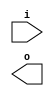
module buffer( i , o );
  input i ;
  output o ;
endmodule
module inverter( i , o );
  input i ;
  output o ;
endmodule
module top( x0 , x1 , x2 , x3 , x4 , x5 , x6 , x7 , x8 , x9 , x10 , x11 , x12 , x13 , x14 , x15 , x16 , x17 , x18 , x19 , x20 , x21 , x22 , x23 , x24 , x25 , x26 , x27 , x28 , x29 , x30 , x31 , x32 , x33 , x34 , x35 , y0 , y1 , y2 , y3 , y4 , y5 , y6 );
  input x0 , x1 , x2 , x3 , x4 , x5 , x6 , x7 , x8 , x9 , x10 , x11 , x12 , x13 , x14 , x15 , x16 , x17 , x18 , x19 , x20 , x21 , x22 , x23 , x24 , x25 , x26 , x27 , x28 , x29 , x30 , x31 , x32 , x33 , x34 , x35 ;
  output y0 , y1 , y2 , y3 , y4 , y5 , y6 ;
  wire n2 , n4 , n5 , n6 , n7 , n8 , n10 , n11 , n12 , n13 , n14 , n15 , n16 , n18 , n20 , n21 , n22 , n23 , n24 , n25 , n26 , n27 , n28 , n29 , n30 , n31 , n33 , n34 , n35 , n36 , n37 , n38 , n40 , n41 , n42 , n43 , n44 , n45 , n46 , n47 , n49 , n51 , n52 , n53 , n54 , n55 , n56 , n57 , n58 , n59 , n60 , n61 , n62 , n63 , n64 , n66 , n67 , n68 , n69 , n70 , n71 , n73 , n74 , n75 , n76 , n77 , n78 , n79 , n80 , n82 , n84 , n85 , n86 , n87 , n88 , n89 , n90 , n91 , n92 , n93 , n94 , n95 , n96 , n97 , n99 , n100 , n101 , n102 , n103 , n104 , n106 , n107 , n108 , n109 , n110 , n111 , n112 , n113 , n115 , n117 , n118 , n119 , n120 , n121 , n122 , n123 , n124 , n125 , n126 , n127 , n128 , n129 , n130 , n132 , n133 , n134 , n135 , n136 , n138 , n139 , n140 , n141 , n142 , n143 , n144 , n146 , n148 , n149 , n150 , n151 , n152 , n153 , n154 , n155 , n156 , n157 , n158 , n159 , n160 , n162 , n163 , n164 , n165 , n166 , n168 , n169 , n170 , n171 , n172 , n173 , n175 , n177 , n178 , n179 , n180 , n181 , n182 , n183 , n184 , n185 , n186 , n187 , n189 , n190 , n191 , n192 , n194 , n195 , n196 , n197 , n198 , n199 , n201 , n203 , n204 , n205 , n206 , n207 , n208 , n209 , n210 , n211 , n212 , n213 , n214 , n216 , n217 , n218 , n219 , n220 , n222 , n223 , n224 , n225 , n226 , n227 , n228 , n230 , n231 , n232 , n233 , n234 , n235 , n237 , n238 , n239 , n240 , n241 , n242 , n243 , n244 , n245 , n246 , n247 , n248 , n249 , n251 , n252 , n253 , n255 , n256 , n257 , n258 , n259 , n261 , n262 , n263 , n264 , n265 , n266 , n267 , n268 , n269 , n270 , n271 , n272 , n273 , n274 , n275 , n276 , n277 , n278 , n279 , n280 , n281 , n282 , n283 , n284 , n285 , n286 , n287 , n288 , n289 , n290 , n291 , n292 , n293 , n294 , n295 , n296 , n297 , n298 , n299 , n300 , n301 , n302 , n303 , n304 , n305 , n306 , n307 , n308 , n309 , n310 , n311 , n312 , n313 , n314 , n315 , n316 , n317 , n318 , n319 , n320 , n321 , n322 , n323 , n324 , n325 , n326 , n327 , n328 , n329 , n330 , n331 , n332 , n333 , n334 , n335 , n336 , n337 , n338 , n339 , n340 , n341 , n342 , n343 , n344 , n345 , n346 , n347 , n348 , n349 , n350 , n351 , n352 , n353 , n354 , n355 , n356 , n357 , n358 , n359 , n360 , n361 , n362 , n363 , n364 , n365 , n366 , n367 , n368 , n369 , n370 , n371 , n372 , n373 , n374 , n375 , n376 , n377 , n378 , n379 , n380 , n381 , n382 , n383 , n384 , n385 , n386 , n387 , n388 , n389 , n390 , n391 , n392 , n393 , n394 , n395 , n396 , n397 , n398 , n399 , n400 , n401 , n402 , n403 , n404 , n405 , n406 , n407 , n408 , n409 , n410 , n411 , n412 , n413 , n414 , n415 , n416 , n417 , n418 , n419 , n420 , n421 , n422 , n423 , n424 , n425 , n426 , n427 , n428 , n429 , n430 , n431 , n432 , n433 , n434 , n435 , n436 , n437 , n438 , n439 , n440 , n441 , n442 , n443 , n444 , n445 , n446 , n447 , n448 , n449 , n450 , n451 , n452 , n453 , n454 , n455 , n456 , n457 , n458 , n459 , n460 , n461 , n462 , n463 , n464 , n465 , n466 , n467 , n468 , n469 , n470 , n471 , n472 , n473 , n474 , n475 , n476 , n477 , n478 , n479 , n480 , n481 , n482 , n483 , n484 , n485 , n486 , n487 , n488 , n489 , n490 , n491 , n492 , n493 , n494 , n495 , n496 , n497 , n498 , n499 , n500 , n501 , n502 , n503 , n504 , n505 , n506 , n507 , n508 , n509 , n510 , n511 , n512 , n513 , n514 , n515 , n516 , n517 , n518 , n519 , n520 , n521 , n522 , n523 , n524 , n525 , n526 , n527 , n528 , n529 , n530 , n531 , n532 , n533 , n534 , n535 , n536 , n537 , n538 , n539 , n540 , n541 , n542 , n543 , n544 , n545 , n546 , n547 , n548 , n549 , n550 , n551 , n552 , n553 , n554 , n555 , n556 , n557 , n558 , n559 , n560 , n561 , n562 , n563 , n564 , n565 , n566 , n567 , n568 , n569 , n570 , n571 , n572 , n573 , n574 , n575 , n576 , n577 , n578 , n579 , n580 , n581 , n582 , n583 , n584 , n585 , n586 , n587 , n588 , n589 , n590 , n591 , n592 , n593 , n594 , n595 , n596 , n597 , n598 , n599 , n600 , n601 , n602 , n603 , n604 , n605 , n606 , n607 , n608 , n609 , n610 , n611 , n612 , n613 , n614 , n615 , n616 , n617 , n618 , n619 , n620 , n621 , n622 , n623 , n624 , n625 , n626 , n627 , n628 , n629 , n630 , n631 , n632 , n633 , n634 , n635 , n636 , n637 , n638 , n639 , n640 , n641 , n642 , n643 , n644 , n645 , n646 , n647 , n648 , n649 , n650 , n651 , n652 , n653 , n654 , n655 , n656 , n657 , n658 , n659 , n660 , n661 , n662 , n663 , n664 , n665 , n666 , n667 , n668 , n669 , n670 , n671 , n672 , n673 , n674 , n675 , n676 , n677 , n678 , n679 , n680 , n681 , n682 , n683 , n684 , n685 , n686 , n687 , n688 , n689 , n690 , n691 , n692 , n693 , n694 , n695 , n696 , n697 , n698 , n699 , n700 , n701 , n702 , n703 , n704 , n705 , n706 , n707 , n708 , n709 , n710 , n711 , n712 , n713 , n714 , n715 , n716 , n717 , n718 , n719 , n720 , n721 , n722 , n723 , n724 , n725 , n726 , n727 , n728 , n729 , n730 , n731 , n732 , n733 , n734 , n735 , n736 , n737 , n738 , n739 , n740 , n741 , n742 , n743 , n744 , n745 , n746 , n747 , n748 , n749 , n750 , n751 , n752 , n753 , n754 , n755 , n756 , n757 , n758 , n759 , n760 , n761 , n762 , n763 , n764 , n765 , n766 , n767 , n768 , n769 , n770 , n771 , n772 , n773 , n774 , n775 , n776 , n777 , n778 , n779 , n780 , n781 , n782 , n783 , n784 , n785 , n786 , n787 , n788 , n789 , n790 , n791 , n792 , n793 , n794 , n795 , n796 , n797 , n798 , n799 , n800 , n801 , n802 , n803 , n804 , n805 , n806 , n807 , n808 , n809 , n810 , n811 , n812 , n813 , n814 , n815 , n816 , n817 , n818 , n819 , n820 , n821 , n822 , n823 , n824 , n825 , n826 , n827 , n828 , n829 , n830 , n831 , n832 , n833 , n834 , n835 , n836 , n837 , n838 , n839 ;
  buffer buf_n2( .i (x0), .o (n2) );
  buffer buf_n4( .i (x1), .o (n4) );
  assign n264 = ~n2 & n4 ;
  buffer buf_n265( .i (n264), .o (n265) );
  buffer buf_n82( .i (x11), .o (n82) );
  buffer buf_n99( .i (x13), .o (n99) );
  assign n272 = ~n82 & n99 ;
  buffer buf_n273( .i (n272), .o (n273) );
  assign n280 = n265 | n273 ;
  buffer buf_n18( .i (x3), .o (n18) );
  buffer buf_n33( .i (x5), .o (n33) );
  assign n281 = ~n18 & n33 ;
  buffer buf_n282( .i (n281), .o (n282) );
  buffer buf_n146( .i (x19), .o (n146) );
  buffer buf_n162( .i (x21), .o (n162) );
  assign n290 = ~n146 & n162 ;
  buffer buf_n291( .i (n290), .o (n291) );
  assign n300 = n282 | n291 ;
  assign n301 = n280 | n300 ;
  buffer buf_n49( .i (x7), .o (n49) );
  buffer buf_n66( .i (x9), .o (n66) );
  assign n302 = ~n49 & n66 ;
  buffer buf_n303( .i (n302), .o (n303) );
  buffer buf_n201( .i (x27), .o (n201) );
  buffer buf_n216( .i (x29), .o (n216) );
  assign n311 = ~n201 & n216 ;
  buffer buf_n312( .i (n311), .o (n312) );
  assign n320 = n303 | n312 ;
  buffer buf_n115( .i (x15), .o (n115) );
  buffer buf_n132( .i (x17), .o (n132) );
  assign n321 = ~n115 & n132 ;
  buffer buf_n322( .i (n321), .o (n322) );
  buffer buf_n175( .i (x23), .o (n175) );
  buffer buf_n189( .i (x25), .o (n189) );
  assign n330 = ~n175 & n189 ;
  buffer buf_n331( .i (n330), .o (n331) );
  assign n336 = n322 | n331 ;
  assign n337 = n320 | n336 ;
  assign n338 = n301 | n337 ;
  buffer buf_n339( .i (n338), .o (n339) );
  buffer buf_n230( .i (x31), .o (n230) );
  buffer buf_n231( .i (n230), .o (n231) );
  buffer buf_n251( .i (x33), .o (n251) );
  buffer buf_n252( .i (n251), .o (n252) );
  assign n345 = ~n231 & n252 ;
  buffer buf_n346( .i (n345), .o (n346) );
  buffer buf_n347( .i (n346), .o (n347) );
  buffer buf_n348( .i (n347), .o (n348) );
  buffer buf_n349( .i (n348), .o (n349) );
  assign n350 = n339 | n349 ;
  buffer buf_n351( .i (n350), .o (n351) );
  buffer buf_n352( .i (n351), .o (n352) );
  buffer buf_n353( .i (n352), .o (n353) );
  buffer buf_n354( .i (n353), .o (n354) );
  buffer buf_n355( .i (n354), .o (n355) );
  buffer buf_n356( .i (n355), .o (n356) );
  buffer buf_n357( .i (n356), .o (n357) );
  buffer buf_n358( .i (n357), .o (n358) );
  buffer buf_n359( .i (n358), .o (n359) );
  buffer buf_n360( .i (n359), .o (n360) );
  buffer buf_n361( .i (n360), .o (n361) );
  buffer buf_n362( .i (n361), .o (n362) );
  buffer buf_n363( .i (n362), .o (n363) );
  buffer buf_n364( .i (n363), .o (n364) );
  buffer buf_n365( .i (n364), .o (n365) );
  buffer buf_n366( .i (n365), .o (n366) );
  buffer buf_n367( .i (n366), .o (n367) );
  buffer buf_n368( .i (n367), .o (n368) );
  buffer buf_n369( .i (n368), .o (n369) );
  buffer buf_n340( .i (n339), .o (n340) );
  buffer buf_n168( .i (x22), .o (n168) );
  buffer buf_n169( .i (n168), .o (n169) );
  buffer buf_n170( .i (n169), .o (n170) );
  buffer buf_n171( .i (n170), .o (n171) );
  buffer buf_n172( .i (n171), .o (n172) );
  buffer buf_n173( .i (n172), .o (n173) );
  buffer buf_n163( .i (n162), .o (n163) );
  buffer buf_n164( .i (n163), .o (n164) );
  buffer buf_n165( .i (n164), .o (n165) );
  buffer buf_n292( .i (n291), .o (n292) );
  assign n370 = ( n165 & n292 ) | ( n165 & ~n346 ) | ( n292 & ~n346 ) ;
  buffer buf_n371( .i (n370), .o (n371) );
  assign n377 = ~n173 & n371 ;
  buffer buf_n378( .i (n377), .o (n378) );
  buffer buf_n293( .i (n292), .o (n293) );
  buffer buf_n294( .i (n293), .o (n294) );
  buffer buf_n166( .i (n165), .o (n166) );
  assign n379 = n166 & ~n172 ;
  assign n380 = n294 & n379 ;
  buffer buf_n381( .i (n380), .o (n381) );
  assign n382 = ( ~n340 & n378 ) | ( ~n340 & n381 ) | ( n378 & n381 ) ;
  buffer buf_n383( .i (n382), .o (n383) );
  buffer buf_n384( .i (n383), .o (n384) );
  buffer buf_n385( .i (n384), .o (n385) );
  buffer buf_n386( .i (n385), .o (n386) );
  buffer buf_n387( .i (n386), .o (n387) );
  buffer buf_n388( .i (n387), .o (n388) );
  buffer buf_n389( .i (n388), .o (n389) );
  buffer buf_n390( .i (n389), .o (n390) );
  buffer buf_n391( .i (n390), .o (n391) );
  buffer buf_n392( .i (n391), .o (n392) );
  buffer buf_n393( .i (n392), .o (n393) );
  buffer buf_n100( .i (n99), .o (n100) );
  buffer buf_n106( .i (x14), .o (n106) );
  buffer buf_n107( .i (n106), .o (n107) );
  assign n394 = n100 & ~n107 ;
  buffer buf_n395( .i (n394), .o (n395) );
  buffer buf_n5( .i (n4), .o (n5) );
  buffer buf_n10( .i (x2), .o (n10) );
  buffer buf_n11( .i (n10), .o (n11) );
  assign n396 = n5 & ~n11 ;
  buffer buf_n397( .i (n396), .o (n397) );
  assign n398 = n395 | n397 ;
  buffer buf_n34( .i (n33), .o (n34) );
  buffer buf_n40( .i (x6), .o (n40) );
  buffer buf_n41( .i (n40), .o (n41) );
  assign n399 = n34 & ~n41 ;
  buffer buf_n400( .i (n399), .o (n400) );
  buffer buf_n401( .i (n400), .o (n401) );
  assign n402 = n398 | n401 ;
  buffer buf_n67( .i (n66), .o (n67) );
  buffer buf_n73( .i (x10), .o (n73) );
  buffer buf_n74( .i (n73), .o (n74) );
  assign n403 = n67 & ~n74 ;
  buffer buf_n404( .i (n403), .o (n404) );
  buffer buf_n133( .i (n132), .o (n133) );
  buffer buf_n138( .i (x18), .o (n138) );
  buffer buf_n139( .i (n138), .o (n139) );
  assign n405 = n133 & ~n139 ;
  buffer buf_n406( .i (n405), .o (n406) );
  assign n407 = n404 | n406 ;
  buffer buf_n217( .i (n216), .o (n217) );
  buffer buf_n222( .i (x30), .o (n222) );
  buffer buf_n223( .i (n222), .o (n223) );
  assign n408 = n217 & ~n223 ;
  buffer buf_n409( .i (n408), .o (n409) );
  buffer buf_n253( .i (n252), .o (n253) );
  buffer buf_n255( .i (x34), .o (n255) );
  buffer buf_n256( .i (n255), .o (n256) );
  buffer buf_n257( .i (n256), .o (n257) );
  assign n410 = n253 & ~n257 ;
  assign n411 = n409 | n410 ;
  assign n412 = n407 | n411 ;
  assign n413 = n402 | n412 ;
  buffer buf_n414( .i (n413), .o (n414) );
  buffer buf_n415( .i (n414), .o (n415) );
  assign n416 = ~n351 & n415 ;
  buffer buf_n417( .i (n416), .o (n417) );
  buffer buf_n258( .i (n257), .o (n258) );
  assign n418 = ~n258 & n346 ;
  buffer buf_n419( .i (n418), .o (n419) );
  buffer buf_n323( .i (n322), .o (n323) );
  assign n420 = n323 & n406 ;
  buffer buf_n421( .i (n420), .o (n421) );
  assign n425 = n419 | n421 ;
  buffer buf_n313( .i (n312), .o (n313) );
  assign n426 = n313 & n409 ;
  buffer buf_n427( .i (n426), .o (n427) );
  buffer buf_n428( .i (n427), .o (n428) );
  assign n431 = n425 | n428 ;
  buffer buf_n274( .i (n273), .o (n274) );
  assign n432 = n274 & n395 ;
  buffer buf_n433( .i (n432), .o (n433) );
  buffer buf_n304( .i (n303), .o (n304) );
  assign n437 = n304 & n404 ;
  buffer buf_n438( .i (n437), .o (n438) );
  assign n443 = n433 | n438 ;
  buffer buf_n283( .i (n282), .o (n283) );
  assign n444 = n283 & n400 ;
  buffer buf_n445( .i (n444), .o (n445) );
  buffer buf_n266( .i (n265), .o (n266) );
  assign n450 = n266 & n397 ;
  buffer buf_n451( .i (n450), .o (n451) );
  assign n454 = n445 | n451 ;
  assign n455 = n443 | n454 ;
  assign n456 = n431 | n455 ;
  buffer buf_n457( .i (n456), .o (n457) );
  buffer buf_n194( .i (x26), .o (n194) );
  buffer buf_n195( .i (n194), .o (n195) );
  buffer buf_n196( .i (n195), .o (n196) );
  buffer buf_n197( .i (n196), .o (n197) );
  buffer buf_n198( .i (n197), .o (n198) );
  buffer buf_n199( .i (n198), .o (n199) );
  buffer buf_n190( .i (n189), .o (n190) );
  buffer buf_n191( .i (n190), .o (n191) );
  buffer buf_n192( .i (n191), .o (n192) );
  buffer buf_n332( .i (n331), .o (n332) );
  assign n458 = ( n192 & n332 ) | ( n192 & ~n346 ) | ( n332 & ~n346 ) ;
  buffer buf_n459( .i (n458), .o (n459) );
  assign n461 = ~n199 & n459 ;
  buffer buf_n333( .i (n332), .o (n333) );
  assign n462 = n192 & ~n197 ;
  assign n463 = n333 & n462 ;
  buffer buf_n464( .i (n463), .o (n464) );
  assign n465 = ( ~n339 & n461 ) | ( ~n339 & n464 ) | ( n461 & n464 ) ;
  buffer buf_n466( .i (n465), .o (n466) );
  buffer buf_n467( .i (n466), .o (n467) );
  assign n469 = n457 | n467 ;
  assign n470 = n417 | n469 ;
  buffer buf_n471( .i (n470), .o (n471) );
  buffer buf_n472( .i (n471), .o (n472) );
  buffer buf_n473( .i (n472), .o (n473) );
  buffer buf_n474( .i (n473), .o (n474) );
  buffer buf_n475( .i (n474), .o (n475) );
  buffer buf_n476( .i (n475), .o (n476) );
  buffer buf_n477( .i (n476), .o (n477) );
  buffer buf_n478( .i (n477), .o (n478) );
  assign n479 = n393 | n478 ;
  buffer buf_n480( .i (n479), .o (n480) );
  buffer buf_n481( .i (n480), .o (n481) );
  buffer buf_n482( .i (n481), .o (n482) );
  buffer buf_n483( .i (n482), .o (n483) );
  buffer buf_n484( .i (n483), .o (n484) );
  buffer buf_n485( .i (n484), .o (n485) );
  buffer buf_n468( .i (n467), .o (n468) );
  buffer buf_n334( .i (n333), .o (n334) );
  buffer buf_n335( .i (n334), .o (n335) );
  buffer buf_n460( .i (n459), .o (n460) );
  assign n486 = ( n335 & ~n339 ) | ( n335 & n460 ) | ( ~n339 & n460 ) ;
  buffer buf_n487( .i (n486), .o (n487) );
  buffer buf_n488( .i (n487), .o (n488) );
  assign n489 = ( ~n457 & n467 ) | ( ~n457 & n488 ) | ( n467 & n488 ) ;
  assign n490 = ( ~n417 & n468 ) | ( ~n417 & n489 ) | ( n468 & n489 ) ;
  buffer buf_n491( .i (n490), .o (n491) );
  buffer buf_n203( .i (x28), .o (n203) );
  buffer buf_n204( .i (n203), .o (n204) );
  buffer buf_n205( .i (n204), .o (n205) );
  buffer buf_n206( .i (n205), .o (n206) );
  buffer buf_n207( .i (n206), .o (n207) );
  buffer buf_n208( .i (n207), .o (n208) );
  buffer buf_n209( .i (n208), .o (n209) );
  buffer buf_n210( .i (n209), .o (n210) );
  buffer buf_n211( .i (n210), .o (n211) );
  buffer buf_n212( .i (n211), .o (n212) );
  buffer buf_n213( .i (n212), .o (n213) );
  buffer buf_n214( .i (n213), .o (n214) );
  assign n497 = n384 & ~n468 ;
  assign n498 = n214 | n497 ;
  assign n499 = n491 & ~n498 ;
  buffer buf_n500( .i (n499), .o (n500) );
  buffer buf_n341( .i (n340), .o (n341) );
  buffer buf_n342( .i (n341), .o (n342) );
  buffer buf_n343( .i (n342), .o (n343) );
  buffer buf_n344( .i (n343), .o (n344) );
  buffer buf_n177( .i (x24), .o (n177) );
  buffer buf_n178( .i (n177), .o (n178) );
  buffer buf_n179( .i (n178), .o (n179) );
  buffer buf_n180( .i (n179), .o (n180) );
  buffer buf_n181( .i (n180), .o (n181) );
  buffer buf_n182( .i (n181), .o (n182) );
  buffer buf_n183( .i (n182), .o (n183) );
  buffer buf_n184( .i (n183), .o (n184) );
  buffer buf_n185( .i (n184), .o (n185) );
  buffer buf_n186( .i (n185), .o (n186) );
  buffer buf_n187( .i (n186), .o (n187) );
  buffer buf_n295( .i (n294), .o (n295) );
  buffer buf_n296( .i (n295), .o (n296) );
  buffer buf_n297( .i (n296), .o (n297) );
  buffer buf_n298( .i (n297), .o (n298) );
  buffer buf_n299( .i (n298), .o (n299) );
  assign n503 = ~n187 & n299 ;
  buffer buf_n372( .i (n371), .o (n372) );
  buffer buf_n373( .i (n372), .o (n373) );
  buffer buf_n374( .i (n373), .o (n374) );
  buffer buf_n375( .i (n374), .o (n375) );
  buffer buf_n376( .i (n375), .o (n376) );
  assign n504 = ~n187 & n376 ;
  assign n505 = ( ~n344 & n503 ) | ( ~n344 & n504 ) | ( n503 & n504 ) ;
  assign n506 = ~n184 & n381 ;
  assign n507 = ~n184 & n378 ;
  assign n508 = ( ~n341 & n506 ) | ( ~n341 & n507 ) | ( n506 & n507 ) ;
  buffer buf_n509( .i (n508), .o (n509) );
  buffer buf_n510( .i (n509), .o (n510) );
  buffer buf_n511( .i (n510), .o (n511) );
  assign n512 = ( ~n471 & n505 ) | ( ~n471 & n511 ) | ( n505 & n511 ) ;
  buffer buf_n513( .i (n512), .o (n513) );
  assign n515 = n500 | n513 ;
  buffer buf_n516( .i (n515), .o (n516) );
  buffer buf_n117( .i (x16), .o (n117) );
  buffer buf_n118( .i (n117), .o (n118) );
  buffer buf_n119( .i (n118), .o (n119) );
  buffer buf_n120( .i (n119), .o (n120) );
  buffer buf_n121( .i (n120), .o (n121) );
  buffer buf_n122( .i (n121), .o (n122) );
  buffer buf_n123( .i (n122), .o (n123) );
  buffer buf_n124( .i (n123), .o (n124) );
  buffer buf_n125( .i (n124), .o (n125) );
  buffer buf_n126( .i (n125), .o (n126) );
  buffer buf_n127( .i (n126), .o (n127) );
  buffer buf_n128( .i (n127), .o (n128) );
  buffer buf_n129( .i (n128), .o (n129) );
  buffer buf_n130( .i (n129), .o (n130) );
  buffer buf_n434( .i (n433), .o (n434) );
  buffer buf_n435( .i (n434), .o (n435) );
  buffer buf_n436( .i (n435), .o (n436) );
  buffer buf_n108( .i (n107), .o (n108) );
  buffer buf_n109( .i (n108), .o (n109) );
  buffer buf_n110( .i (n109), .o (n110) );
  buffer buf_n111( .i (n110), .o (n111) );
  buffer buf_n112( .i (n111), .o (n112) );
  buffer buf_n113( .i (n112), .o (n113) );
  buffer buf_n101( .i (n100), .o (n101) );
  buffer buf_n102( .i (n101), .o (n102) );
  buffer buf_n103( .i (n102), .o (n103) );
  buffer buf_n104( .i (n103), .o (n104) );
  buffer buf_n275( .i (n274), .o (n275) );
  buffer buf_n276( .i (n275), .o (n276) );
  assign n520 = ( n104 & n276 ) | ( n104 & ~n348 ) | ( n276 & ~n348 ) ;
  buffer buf_n521( .i (n520), .o (n521) );
  assign n523 = ~n113 & n521 ;
  assign n524 = ( ~n341 & n436 ) | ( ~n341 & n523 ) | ( n436 & n523 ) ;
  buffer buf_n525( .i (n524), .o (n525) );
  buffer buf_n526( .i (n525), .o (n526) );
  buffer buf_n527( .i (n526), .o (n527) );
  buffer buf_n528( .i (n527), .o (n528) );
  assign n529 = ~n130 & n528 ;
  buffer buf_n277( .i (n276), .o (n277) );
  buffer buf_n278( .i (n277), .o (n278) );
  buffer buf_n279( .i (n278), .o (n279) );
  buffer buf_n522( .i (n521), .o (n522) );
  assign n530 = ( n279 & ~n341 ) | ( n279 & n522 ) | ( ~n341 & n522 ) ;
  buffer buf_n531( .i (n530), .o (n531) );
  buffer buf_n532( .i (n531), .o (n532) );
  assign n533 = ( ~n385 & n526 ) | ( ~n385 & n532 ) | ( n526 & n532 ) ;
  buffer buf_n534( .i (n533), .o (n534) );
  assign n535 = ~n130 & n534 ;
  assign n536 = ( ~n473 & n529 ) | ( ~n473 & n535 ) | ( n529 & n535 ) ;
  buffer buf_n537( .i (n536), .o (n537) );
  assign n539 = n516 | n537 ;
  buffer buf_n84( .i (x12), .o (n84) );
  buffer buf_n85( .i (n84), .o (n85) );
  buffer buf_n86( .i (n85), .o (n86) );
  buffer buf_n87( .i (n86), .o (n87) );
  buffer buf_n88( .i (n87), .o (n88) );
  buffer buf_n89( .i (n88), .o (n89) );
  buffer buf_n90( .i (n89), .o (n90) );
  buffer buf_n91( .i (n90), .o (n91) );
  buffer buf_n92( .i (n91), .o (n92) );
  buffer buf_n93( .i (n92), .o (n93) );
  buffer buf_n94( .i (n93), .o (n94) );
  buffer buf_n95( .i (n94), .o (n95) );
  buffer buf_n96( .i (n95), .o (n96) );
  buffer buf_n97( .i (n96), .o (n97) );
  buffer buf_n439( .i (n438), .o (n439) );
  buffer buf_n440( .i (n439), .o (n440) );
  buffer buf_n441( .i (n440), .o (n441) );
  buffer buf_n442( .i (n441), .o (n442) );
  buffer buf_n75( .i (n74), .o (n75) );
  buffer buf_n76( .i (n75), .o (n76) );
  buffer buf_n77( .i (n76), .o (n77) );
  buffer buf_n78( .i (n77), .o (n78) );
  buffer buf_n79( .i (n78), .o (n79) );
  buffer buf_n80( .i (n79), .o (n80) );
  buffer buf_n68( .i (n67), .o (n68) );
  buffer buf_n69( .i (n68), .o (n69) );
  buffer buf_n70( .i (n69), .o (n70) );
  buffer buf_n71( .i (n70), .o (n71) );
  buffer buf_n305( .i (n304), .o (n305) );
  buffer buf_n306( .i (n305), .o (n306) );
  assign n540 = ( n71 & n306 ) | ( n71 & ~n348 ) | ( n306 & ~n348 ) ;
  buffer buf_n541( .i (n540), .o (n541) );
  assign n544 = ~n80 & n541 ;
  buffer buf_n545( .i (n544), .o (n545) );
  assign n546 = ( ~n342 & n442 ) | ( ~n342 & n545 ) | ( n442 & n545 ) ;
  buffer buf_n547( .i (n546), .o (n547) );
  buffer buf_n548( .i (n547), .o (n548) );
  buffer buf_n549( .i (n548), .o (n549) );
  assign n550 = ~n97 & n549 ;
  buffer buf_n307( .i (n306), .o (n307) );
  buffer buf_n308( .i (n307), .o (n308) );
  buffer buf_n309( .i (n308), .o (n309) );
  buffer buf_n310( .i (n309), .o (n310) );
  buffer buf_n542( .i (n541), .o (n542) );
  buffer buf_n543( .i (n542), .o (n543) );
  assign n551 = ( n310 & ~n342 ) | ( n310 & n543 ) | ( ~n342 & n543 ) ;
  buffer buf_n552( .i (n551), .o (n552) );
  assign n553 = ( ~n385 & n547 ) | ( ~n385 & n552 ) | ( n547 & n552 ) ;
  buffer buf_n554( .i (n553), .o (n554) );
  assign n555 = ~n97 & n554 ;
  assign n556 = ( ~n473 & n550 ) | ( ~n473 & n555 ) | ( n550 & n555 ) ;
  buffer buf_n557( .i (n556), .o (n557) );
  buffer buf_n51( .i (x8), .o (n51) );
  buffer buf_n52( .i (n51), .o (n52) );
  buffer buf_n53( .i (n52), .o (n53) );
  buffer buf_n54( .i (n53), .o (n54) );
  buffer buf_n55( .i (n54), .o (n55) );
  buffer buf_n56( .i (n55), .o (n56) );
  buffer buf_n57( .i (n56), .o (n57) );
  buffer buf_n58( .i (n57), .o (n58) );
  buffer buf_n59( .i (n58), .o (n59) );
  buffer buf_n60( .i (n59), .o (n60) );
  buffer buf_n61( .i (n60), .o (n61) );
  buffer buf_n62( .i (n61), .o (n62) );
  buffer buf_n63( .i (n62), .o (n63) );
  buffer buf_n64( .i (n63), .o (n64) );
  buffer buf_n446( .i (n445), .o (n446) );
  buffer buf_n447( .i (n446), .o (n447) );
  buffer buf_n448( .i (n447), .o (n448) );
  buffer buf_n449( .i (n448), .o (n449) );
  buffer buf_n42( .i (n41), .o (n42) );
  buffer buf_n43( .i (n42), .o (n43) );
  buffer buf_n44( .i (n43), .o (n44) );
  buffer buf_n45( .i (n44), .o (n45) );
  buffer buf_n46( .i (n45), .o (n46) );
  buffer buf_n47( .i (n46), .o (n47) );
  buffer buf_n35( .i (n34), .o (n35) );
  buffer buf_n36( .i (n35), .o (n36) );
  buffer buf_n37( .i (n36), .o (n37) );
  buffer buf_n38( .i (n37), .o (n38) );
  buffer buf_n284( .i (n283), .o (n284) );
  buffer buf_n285( .i (n284), .o (n285) );
  assign n561 = ( n38 & n285 ) | ( n38 & ~n348 ) | ( n285 & ~n348 ) ;
  buffer buf_n562( .i (n561), .o (n562) );
  assign n565 = ~n47 & n562 ;
  buffer buf_n566( .i (n565), .o (n566) );
  assign n567 = ( ~n342 & n449 ) | ( ~n342 & n566 ) | ( n449 & n566 ) ;
  buffer buf_n568( .i (n567), .o (n568) );
  buffer buf_n569( .i (n568), .o (n569) );
  buffer buf_n570( .i (n569), .o (n570) );
  assign n571 = ~n64 & n570 ;
  buffer buf_n286( .i (n285), .o (n286) );
  buffer buf_n287( .i (n286), .o (n287) );
  buffer buf_n288( .i (n287), .o (n288) );
  buffer buf_n289( .i (n288), .o (n289) );
  buffer buf_n563( .i (n562), .o (n563) );
  buffer buf_n564( .i (n563), .o (n564) );
  buffer buf_n572( .i (n340), .o (n572) );
  buffer buf_n573( .i (n572), .o (n573) );
  assign n574 = ( n289 & n564 ) | ( n289 & ~n573 ) | ( n564 & ~n573 ) ;
  buffer buf_n575( .i (n574), .o (n575) );
  assign n576 = ( ~n385 & n568 ) | ( ~n385 & n575 ) | ( n568 & n575 ) ;
  buffer buf_n577( .i (n576), .o (n577) );
  assign n578 = ~n64 & n577 ;
  assign n579 = ( ~n473 & n571 ) | ( ~n473 & n578 ) | ( n571 & n578 ) ;
  buffer buf_n580( .i (n579), .o (n580) );
  assign n584 = n557 | n580 ;
  assign n585 = n539 | n584 ;
  buffer buf_n586( .i (n585), .o (n586) );
  buffer buf_n587( .i (n586), .o (n587) );
  buffer buf_n20( .i (x4), .o (n20) );
  buffer buf_n21( .i (n20), .o (n21) );
  buffer buf_n22( .i (n21), .o (n22) );
  buffer buf_n23( .i (n22), .o (n23) );
  buffer buf_n24( .i (n23), .o (n24) );
  buffer buf_n25( .i (n24), .o (n25) );
  buffer buf_n26( .i (n25), .o (n26) );
  buffer buf_n27( .i (n26), .o (n27) );
  buffer buf_n28( .i (n27), .o (n28) );
  buffer buf_n29( .i (n28), .o (n29) );
  buffer buf_n30( .i (n29), .o (n30) );
  buffer buf_n31( .i (n30), .o (n31) );
  buffer buf_n452( .i (n451), .o (n452) );
  buffer buf_n453( .i (n452), .o (n453) );
  buffer buf_n12( .i (n11), .o (n12) );
  buffer buf_n13( .i (n12), .o (n13) );
  buffer buf_n14( .i (n13), .o (n14) );
  buffer buf_n15( .i (n14), .o (n15) );
  buffer buf_n16( .i (n15), .o (n16) );
  buffer buf_n6( .i (n5), .o (n6) );
  buffer buf_n7( .i (n6), .o (n7) );
  buffer buf_n8( .i (n7), .o (n8) );
  buffer buf_n267( .i (n266), .o (n267) );
  assign n588 = ( n8 & n267 ) | ( n8 & ~n347 ) | ( n267 & ~n347 ) ;
  buffer buf_n589( .i (n588), .o (n589) );
  assign n592 = ~n16 & n589 ;
  assign n593 = ( ~n340 & n453 ) | ( ~n340 & n592 ) | ( n453 & n592 ) ;
  buffer buf_n594( .i (n593), .o (n594) );
  buffer buf_n595( .i (n594), .o (n595) );
  buffer buf_n596( .i (n595), .o (n596) );
  assign n601 = ~n31 & n596 ;
  buffer buf_n268( .i (n267), .o (n268) );
  buffer buf_n269( .i (n268), .o (n269) );
  buffer buf_n270( .i (n269), .o (n270) );
  buffer buf_n271( .i (n270), .o (n271) );
  buffer buf_n590( .i (n589), .o (n590) );
  buffer buf_n591( .i (n590), .o (n591) );
  assign n602 = ( n271 & ~n572 ) | ( n271 & n591 ) | ( ~n572 & n591 ) ;
  assign n603 = ( ~n383 & n594 ) | ( ~n383 & n602 ) | ( n594 & n602 ) ;
  buffer buf_n604( .i (n603), .o (n604) );
  assign n609 = ~n31 & n604 ;
  assign n610 = ( ~n471 & n601 ) | ( ~n471 & n609 ) | ( n601 & n609 ) ;
  buffer buf_n611( .i (n610), .o (n611) );
  buffer buf_n259( .i (n258), .o (n259) );
  buffer buf_n261( .i (x35), .o (n261) );
  buffer buf_n262( .i (n261), .o (n262) );
  buffer buf_n263( .i (n262), .o (n263) );
  assign n617 = n253 & ~n263 ;
  buffer buf_n618( .i (n617), .o (n618) );
  assign n625 = ~n259 & n618 ;
  buffer buf_n626( .i (n625), .o (n626) );
  buffer buf_n627( .i (n626), .o (n627) );
  buffer buf_n628( .i (n627), .o (n628) );
  buffer buf_n629( .i (n628), .o (n629) );
  buffer buf_n232( .i (n231), .o (n232) );
  buffer buf_n233( .i (n232), .o (n233) );
  assign n630 = n233 | n258 ;
  assign n631 = n618 & ~n630 ;
  buffer buf_n632( .i (n631), .o (n632) );
  buffer buf_n633( .i (n632), .o (n633) );
  buffer buf_n634( .i (n633), .o (n634) );
  buffer buf_n635( .i (n634), .o (n635) );
  assign n636 = ( ~n573 & n629 ) | ( ~n573 & n635 ) | ( n629 & n635 ) ;
  buffer buf_n637( .i (n636), .o (n637) );
  buffer buf_n638( .i (n637), .o (n638) );
  buffer buf_n639( .i (n638), .o (n639) );
  buffer buf_n619( .i (n618), .o (n619) );
  buffer buf_n620( .i (n619), .o (n620) );
  buffer buf_n621( .i (n620), .o (n621) );
  buffer buf_n622( .i (n621), .o (n622) );
  buffer buf_n623( .i (n622), .o (n623) );
  buffer buf_n624( .i (n623), .o (n624) );
  buffer buf_n234( .i (n233), .o (n234) );
  buffer buf_n235( .i (n234), .o (n235) );
  assign n640 = ~n235 & n619 ;
  buffer buf_n641( .i (n640), .o (n641) );
  buffer buf_n642( .i (n641), .o (n642) );
  buffer buf_n643( .i (n642), .o (n643) );
  buffer buf_n644( .i (n643), .o (n644) );
  assign n645 = ( ~n343 & n624 ) | ( ~n343 & n644 ) | ( n624 & n644 ) ;
  buffer buf_n646( .i (n645), .o (n646) );
  assign n647 = ( ~n386 & n638 ) | ( ~n386 & n646 ) | ( n638 & n646 ) ;
  assign n648 = ( ~n472 & n639 ) | ( ~n472 & n647 ) | ( n639 & n647 ) ;
  assign n649 = n611 | n648 ;
  buffer buf_n650( .i (n649), .o (n650) );
  buffer buf_n148( .i (x20), .o (n148) );
  buffer buf_n149( .i (n148), .o (n149) );
  buffer buf_n150( .i (n149), .o (n150) );
  buffer buf_n151( .i (n150), .o (n151) );
  buffer buf_n152( .i (n151), .o (n152) );
  buffer buf_n153( .i (n152), .o (n153) );
  buffer buf_n154( .i (n153), .o (n154) );
  buffer buf_n155( .i (n154), .o (n155) );
  buffer buf_n156( .i (n155), .o (n156) );
  buffer buf_n157( .i (n156), .o (n157) );
  buffer buf_n158( .i (n157), .o (n158) );
  buffer buf_n159( .i (n158), .o (n159) );
  buffer buf_n160( .i (n159), .o (n160) );
  buffer buf_n422( .i (n421), .o (n422) );
  buffer buf_n423( .i (n422), .o (n423) );
  buffer buf_n424( .i (n423), .o (n424) );
  buffer buf_n140( .i (n139), .o (n140) );
  buffer buf_n141( .i (n140), .o (n141) );
  buffer buf_n142( .i (n141), .o (n142) );
  buffer buf_n143( .i (n142), .o (n143) );
  buffer buf_n144( .i (n143), .o (n144) );
  buffer buf_n134( .i (n133), .o (n134) );
  buffer buf_n135( .i (n134), .o (n135) );
  buffer buf_n136( .i (n135), .o (n136) );
  buffer buf_n324( .i (n323), .o (n324) );
  assign n653 = ( n136 & n324 ) | ( n136 & ~n347 ) | ( n324 & ~n347 ) ;
  buffer buf_n654( .i (n653), .o (n654) );
  assign n658 = ~n144 & n654 ;
  buffer buf_n659( .i (n658), .o (n659) );
  assign n660 = ( n424 & ~n572 ) | ( n424 & n659 ) | ( ~n572 & n659 ) ;
  buffer buf_n661( .i (n660), .o (n661) );
  buffer buf_n662( .i (n661), .o (n662) );
  buffer buf_n663( .i (n662), .o (n663) );
  assign n665 = ~n160 & n663 ;
  buffer buf_n325( .i (n324), .o (n325) );
  buffer buf_n326( .i (n325), .o (n326) );
  buffer buf_n327( .i (n326), .o (n327) );
  buffer buf_n328( .i (n327), .o (n328) );
  buffer buf_n329( .i (n328), .o (n329) );
  buffer buf_n655( .i (n654), .o (n655) );
  buffer buf_n656( .i (n655), .o (n656) );
  buffer buf_n657( .i (n656), .o (n657) );
  assign n666 = ( n329 & ~n573 ) | ( n329 & n657 ) | ( ~n573 & n657 ) ;
  assign n667 = ( ~n384 & n661 ) | ( ~n384 & n666 ) | ( n661 & n666 ) ;
  buffer buf_n668( .i (n667), .o (n668) );
  assign n670 = ~n160 & n668 ;
  assign n671 = ( ~n472 & n665 ) | ( ~n472 & n670 ) | ( n665 & n670 ) ;
  buffer buf_n672( .i (n671), .o (n672) );
  buffer buf_n237( .i (x32), .o (n237) );
  buffer buf_n238( .i (n237), .o (n238) );
  buffer buf_n239( .i (n238), .o (n239) );
  buffer buf_n240( .i (n239), .o (n240) );
  buffer buf_n241( .i (n240), .o (n241) );
  buffer buf_n242( .i (n241), .o (n242) );
  buffer buf_n243( .i (n242), .o (n243) );
  buffer buf_n244( .i (n243), .o (n244) );
  buffer buf_n245( .i (n244), .o (n245) );
  buffer buf_n246( .i (n245), .o (n246) );
  buffer buf_n247( .i (n246), .o (n247) );
  buffer buf_n248( .i (n247), .o (n248) );
  buffer buf_n249( .i (n248), .o (n249) );
  buffer buf_n429( .i (n428), .o (n429) );
  buffer buf_n430( .i (n429), .o (n430) );
  buffer buf_n224( .i (n223), .o (n224) );
  buffer buf_n225( .i (n224), .o (n225) );
  buffer buf_n226( .i (n225), .o (n226) );
  buffer buf_n227( .i (n226), .o (n227) );
  buffer buf_n228( .i (n227), .o (n228) );
  buffer buf_n218( .i (n217), .o (n218) );
  buffer buf_n219( .i (n218), .o (n219) );
  buffer buf_n220( .i (n219), .o (n220) );
  buffer buf_n314( .i (n313), .o (n314) );
  assign n675 = ( n220 & n314 ) | ( n220 & ~n347 ) | ( n314 & ~n347 ) ;
  buffer buf_n676( .i (n675), .o (n676) );
  assign n680 = ~n228 & n676 ;
  buffer buf_n681( .i (n680), .o (n681) );
  assign n682 = ( n430 & ~n572 ) | ( n430 & n681 ) | ( ~n572 & n681 ) ;
  buffer buf_n683( .i (n682), .o (n683) );
  buffer buf_n684( .i (n683), .o (n684) );
  buffer buf_n685( .i (n684), .o (n685) );
  assign n689 = ~n249 & n685 ;
  buffer buf_n315( .i (n314), .o (n315) );
  buffer buf_n316( .i (n315), .o (n316) );
  buffer buf_n317( .i (n316), .o (n317) );
  buffer buf_n318( .i (n317), .o (n318) );
  buffer buf_n319( .i (n318), .o (n319) );
  buffer buf_n677( .i (n676), .o (n677) );
  buffer buf_n678( .i (n677), .o (n678) );
  buffer buf_n679( .i (n678), .o (n679) );
  assign n690 = ( n319 & ~n573 ) | ( n319 & n679 ) | ( ~n573 & n679 ) ;
  assign n691 = ( ~n384 & n683 ) | ( ~n384 & n690 ) | ( n683 & n690 ) ;
  buffer buf_n692( .i (n691), .o (n692) );
  assign n696 = ~n249 & n692 ;
  assign n697 = ( ~n472 & n689 ) | ( ~n472 & n696 ) | ( n689 & n696 ) ;
  buffer buf_n698( .i (n697), .o (n698) );
  assign n703 = n672 | n698 ;
  assign n704 = n650 | n703 ;
  buffer buf_n705( .i (n704), .o (n705) );
  buffer buf_n706( .i (n705), .o (n706) );
  buffer buf_n707( .i (n706), .o (n707) );
  assign n709 = n587 | n707 ;
  buffer buf_n710( .i (n709), .o (n710) );
  buffer buf_n711( .i (n710), .o (n711) );
  buffer buf_n712( .i (n711), .o (n712) );
  buffer buf_n713( .i (n712), .o (n713) );
  buffer buf_n714( .i (n713), .o (n714) );
  buffer buf_n558( .i (n557), .o (n558) );
  buffer buf_n559( .i (n558), .o (n559) );
  buffer buf_n560( .i (n559), .o (n560) );
  buffer buf_n517( .i (n516), .o (n517) );
  buffer buf_n715( .i (n471), .o (n715) );
  assign n716 = ( n549 & n554 ) | ( n549 & ~n715 ) | ( n554 & ~n715 ) ;
  buffer buf_n717( .i (n716), .o (n717) );
  buffer buf_n718( .i (n717), .o (n718) );
  assign n719 = ~n537 & n718 ;
  assign n720 = ~n517 & n719 ;
  assign n721 = ~n705 & n720 ;
  assign n722 = n560 | n721 ;
  buffer buf_n723( .i (n722), .o (n723) );
  buffer buf_n581( .i (n580), .o (n581) );
  buffer buf_n582( .i (n581), .o (n582) );
  buffer buf_n583( .i (n582), .o (n583) );
  assign n724 = ( n570 & n577 ) | ( n570 & ~n715 ) | ( n577 & ~n715 ) ;
  buffer buf_n725( .i (n724), .o (n725) );
  buffer buf_n726( .i (n725), .o (n726) );
  buffer buf_n727( .i (n726), .o (n727) );
  buffer buf_n728( .i (n727), .o (n728) );
  assign n729 = ( n582 & ~n705 ) | ( n582 & n728 ) | ( ~n705 & n728 ) ;
  assign n730 = ( n583 & ~n586 ) | ( n583 & n729 ) | ( ~n586 & n729 ) ;
  buffer buf_n731( .i (n730), .o (n731) );
  assign n733 = n723 | n731 ;
  buffer buf_n734( .i (n733), .o (n734) );
  buffer buf_n538( .i (n537), .o (n538) );
  buffer buf_n673( .i (n672), .o (n673) );
  buffer buf_n674( .i (n673), .o (n674) );
  assign n735 = n538 | n674 ;
  buffer buf_n736( .i (n735), .o (n736) );
  buffer buf_n737( .i (n736), .o (n737) );
  buffer buf_n738( .i (n737), .o (n738) );
  buffer buf_n739( .i (n738), .o (n739) );
  buffer buf_n518( .i (n517), .o (n518) );
  buffer buf_n519( .i (n518), .o (n519) );
  assign n740 = n519 & ~n736 ;
  buffer buf_n741( .i (n740), .o (n741) );
  buffer buf_n664( .i (n663), .o (n664) );
  buffer buf_n669( .i (n668), .o (n669) );
  assign n743 = ( n664 & n669 ) | ( n664 & ~n715 ) | ( n669 & ~n715 ) ;
  buffer buf_n744( .i (n743), .o (n744) );
  buffer buf_n745( .i (n744), .o (n745) );
  buffer buf_n746( .i (n745), .o (n746) );
  buffer buf_n747( .i (n746), .o (n747) );
  assign n748 = ( n528 & n534 ) | ( n528 & ~n715 ) | ( n534 & ~n715 ) ;
  buffer buf_n749( .i (n748), .o (n749) );
  buffer buf_n750( .i (n749), .o (n750) );
  buffer buf_n751( .i (n750), .o (n751) );
  buffer buf_n752( .i (n751), .o (n752) );
  assign n753 = n747 | n752 ;
  buffer buf_n754( .i (n753), .o (n754) );
  buffer buf_n755( .i (n754), .o (n755) );
  assign n756 = ~n741 & n755 ;
  buffer buf_n708( .i (n707), .o (n708) );
  assign n757 = n708 & ~n738 ;
  assign n758 = ( n739 & n756 ) | ( n739 & ~n757 ) | ( n756 & ~n757 ) ;
  assign n759 = n734 | n758 ;
  buffer buf_n760( .i (n759), .o (n760) );
  buffer buf_n612( .i (n611), .o (n612) );
  buffer buf_n613( .i (n612), .o (n613) );
  buffer buf_n614( .i (n613), .o (n614) );
  buffer buf_n615( .i (n614), .o (n615) );
  buffer buf_n616( .i (n615), .o (n616) );
  buffer buf_n597( .i (n596), .o (n597) );
  buffer buf_n598( .i (n597), .o (n598) );
  buffer buf_n599( .i (n598), .o (n599) );
  buffer buf_n600( .i (n599), .o (n600) );
  buffer buf_n605( .i (n604), .o (n605) );
  buffer buf_n606( .i (n605), .o (n606) );
  buffer buf_n607( .i (n606), .o (n607) );
  buffer buf_n608( .i (n607), .o (n608) );
  assign n762 = ( ~n474 & n600 ) | ( ~n474 & n608 ) | ( n600 & n608 ) ;
  buffer buf_n763( .i (n762), .o (n763) );
  buffer buf_n764( .i (n763), .o (n764) );
  assign n765 = ( n615 & ~n705 ) | ( n615 & n764 ) | ( ~n705 & n764 ) ;
  assign n766 = ( ~n586 & n616 ) | ( ~n586 & n765 ) | ( n616 & n765 ) ;
  buffer buf_n767( .i (n766), .o (n767) );
  buffer buf_n768( .i (n767), .o (n768) );
  buffer buf_n769( .i (n768), .o (n769) );
  buffer buf_n770( .i (n769), .o (n770) );
  buffer buf_n771( .i (n770), .o (n771) );
  assign n772 = ( n299 & ~n343 ) | ( n299 & n376 ) | ( ~n343 & n376 ) ;
  buffer buf_n773( .i (n772), .o (n773) );
  buffer buf_n774( .i (n773), .o (n774) );
  buffer buf_n775( .i (n774), .o (n775) );
  buffer buf_n776( .i (n775), .o (n776) );
  assign n777 = ( n389 & ~n474 ) | ( n389 & n776 ) | ( ~n474 & n776 ) ;
  buffer buf_n778( .i (n777), .o (n778) );
  buffer buf_n492( .i (n491), .o (n492) );
  buffer buf_n493( .i (n492), .o (n493) );
  assign n779 = n218 | n253 ;
  buffer buf_n780( .i (n779), .o (n780) );
  buffer buf_n781( .i (n780), .o (n781) );
  buffer buf_n782( .i (n781), .o (n782) );
  buffer buf_n783( .i (n782), .o (n783) );
  buffer buf_n784( .i (n783), .o (n784) );
  buffer buf_n785( .i (n784), .o (n785) );
  buffer buf_n786( .i (n785), .o (n786) );
  buffer buf_n787( .i (n786), .o (n787) );
  buffer buf_n788( .i (n787), .o (n788) );
  buffer buf_n789( .i (n788), .o (n789) );
  buffer buf_n790( .i (n789), .o (n790) );
  assign n791 = n493 | n790 ;
  buffer buf_n792( .i (n791), .o (n792) );
  buffer buf_n793( .i (n792), .o (n793) );
  assign n794 = n778 | n793 ;
  buffer buf_n795( .i (n794), .o (n795) );
  buffer buf_n796( .i (n795), .o (n796) );
  buffer buf_n797( .i (n796), .o (n797) );
  assign n798 = ~n767 & n797 ;
  buffer buf_n799( .i (n798), .o (n799) );
  buffer buf_n800( .i (n799), .o (n800) );
  buffer buf_n801( .i (n800), .o (n801) );
  assign n802 = ( n760 & ~n771 ) | ( n760 & n801 ) | ( ~n771 & n801 ) ;
  buffer buf_n761( .i (n760), .o (n761) );
  buffer buf_n742( .i (n741), .o (n742) );
  buffer buf_n494( .i (n493), .o (n494) );
  buffer buf_n495( .i (n494), .o (n495) );
  buffer buf_n496( .i (n495), .o (n496) );
  assign n803 = n496 | n778 ;
  buffer buf_n804( .i (n803), .o (n804) );
  buffer buf_n805( .i (n804), .o (n805) );
  assign n806 = ~n754 & n805 ;
  assign n807 = ~n708 & n806 ;
  assign n808 = n742 | n807 ;
  assign n809 = n734 | n808 ;
  buffer buf_n810( .i (n809), .o (n810) );
  buffer buf_n811( .i (n810), .o (n811) );
  buffer buf_n732( .i (n731), .o (n732) );
  buffer buf_n514( .i (n513), .o (n514) );
  assign n812 = n514 & ~n672 ;
  buffer buf_n813( .i (n812), .o (n813) );
  assign n814 = n538 | n813 ;
  buffer buf_n815( .i (n814), .o (n815) );
  buffer buf_n816( .i (n815), .o (n816) );
  buffer buf_n817( .i (n816), .o (n817) );
  buffer buf_n699( .i (n698), .o (n699) );
  buffer buf_n700( .i (n699), .o (n700) );
  buffer buf_n701( .i (n700), .o (n701) );
  buffer buf_n702( .i (n701), .o (n702) );
  buffer buf_n651( .i (n650), .o (n651) );
  buffer buf_n652( .i (n651), .o (n652) );
  assign n818 = ~n746 & n778 ;
  assign n819 = ~n652 & n818 ;
  assign n820 = n702 | n819 ;
  assign n821 = n651 | n674 ;
  buffer buf_n822( .i (n821), .o (n822) );
  buffer buf_n686( .i (n685), .o (n686) );
  buffer buf_n687( .i (n686), .o (n687) );
  buffer buf_n688( .i (n687), .o (n688) );
  buffer buf_n693( .i (n692), .o (n693) );
  buffer buf_n694( .i (n693), .o (n694) );
  buffer buf_n695( .i (n694), .o (n695) );
  assign n823 = ( ~n474 & n688 ) | ( ~n474 & n695 ) | ( n688 & n695 ) ;
  buffer buf_n824( .i (n823), .o (n824) );
  assign n825 = ~n496 & n824 ;
  assign n826 = n752 | n825 ;
  assign n827 = ~n822 & n826 ;
  assign n828 = n820 | n827 ;
  buffer buf_n501( .i (n500), .o (n501) );
  buffer buf_n502( .i (n501), .o (n502) );
  assign n829 = n502 & ~n537 ;
  assign n830 = ~n813 & n829 ;
  buffer buf_n831( .i (n830), .o (n831) );
  buffer buf_n832( .i (n831), .o (n832) );
  buffer buf_n833( .i (n832), .o (n833) );
  assign n834 = ( n817 & n828 ) | ( n817 & ~n833 ) | ( n828 & ~n833 ) ;
  assign n835 = n723 & ~n731 ;
  assign n836 = ( n732 & n834 ) | ( n732 & ~n835 ) | ( n834 & ~n835 ) ;
  buffer buf_n837( .i (n836), .o (n837) );
  buffer buf_n838( .i (n837), .o (n838) );
  buffer buf_n839( .i (n838), .o (n839) );
  assign y0 = n369 ;
  assign y1 = n485 ;
  assign y2 = n714 ;
  assign y3 = n802 ;
  assign y4 = n761 ;
  assign y5 = n811 ;
  assign y6 = n839 ;
endmodule